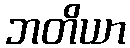
ဘတိယာ